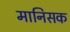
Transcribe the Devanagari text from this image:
मानिसक